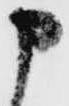
申